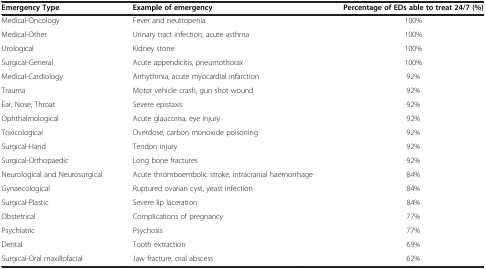
| Emergency Type | Example of emergency | Percentage of EDs able to treat 24/7 (%) |
 | --- | --- | --- |
 | Medical-Oncology | Fever and neutropenia | 100% |
 | Medical-Other | Urinary tract infection, acute asthma | 100% |
 | Urological | Kidney stone | 100% |
 | Surgical-General | Acute appendicitis, pneumothorax | 100% |
 | Medical-Cardiology | Arrhythmia, acute myocardial infarction | 92% |
 | Trauma | Motor vehicle crash, gun shot wound | 92% |
 | Ear, Nose, Throat | Severe epistaxis | 92% |
 | Ophthalmological | Acute glaucoma, eye injury | 92% |
 | Toxicological | Overdose, carbon monoxide poisoning | 92% |
 | Surgical-Hand | Tendon injury | 92% |
 | Surgical-Orthopaedic | Long bone fractures | 92% |
 | Neurological and Neurosurgical | Acute thromboembolic stroke, intracranial haemorrhage | 84% |
 | Gynaecological | Ruptured ovarian cyst, yeast infection | 84% |
 | Surgical-Plastic | Severe lip laceration | 84% |
 | Obstetrical | Complications of pregnancy | 77% |
 | Psychiatric | Psychosis | 77% |
 | Dental | Tooth extraction | 69% |
 | Surgical-Oral maxillofacial | Jaw fracture, oral abscess | 62% |